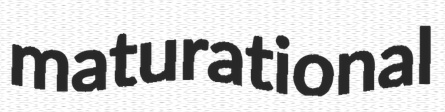
maturational